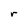
Character: r